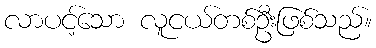
လာပင့်သော လူငယ်တစ်ဦးဖြစ်သည်။